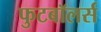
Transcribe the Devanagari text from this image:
फुटबॉलर्स